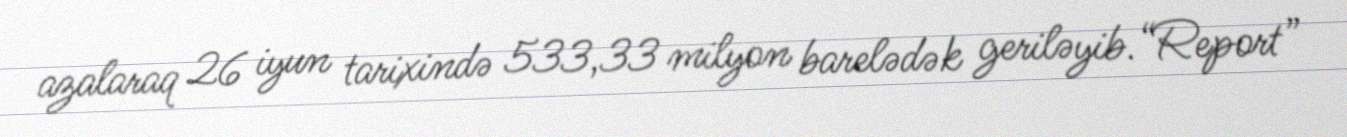
azalaraq 26 iyun tarixində 533,33 milyon barelədək geriləyib.“Report”